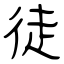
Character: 徒